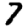
Digit: 7